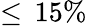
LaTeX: \leq\, 15\%